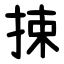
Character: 捒